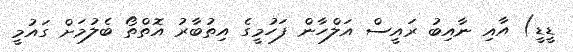
ޑީޑީ) އާއި ނާއިބު ރައީސް އަލްހާން ފަހުމީގެ އިތުބާރު އޮތްތޯ ބެލުމަށް ގައުމީ